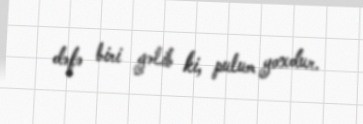
dəfə biri gəlib ki, pulum yoxdur.